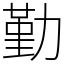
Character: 勤